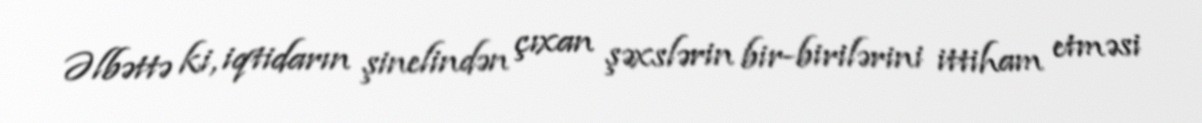
Əlbəttə ki, iqtidarın şinelindən çıxan şəxslərin bir-birilərini ittiham etməsi